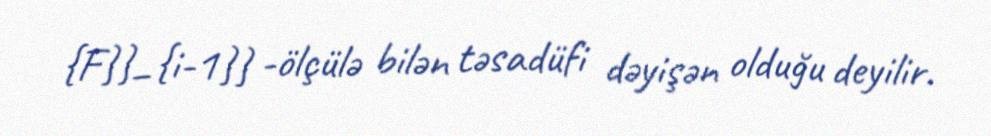
{F}}_{i-1}} -ölçülə bilən təsadüfi dəyişən olduğu deyilir.